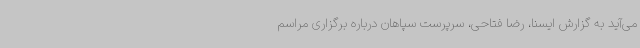
می‌آید به گزارش ایسنا، رضا فتاحی، سرپرست سپاهان درباره برگزاری مراسم